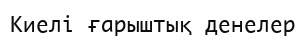
Киелі ғарыштық денелер